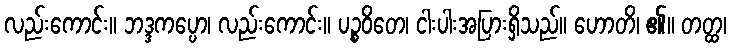
လည်းကောင်း။ ဘဒ္ဒကပ္ပော၊ လည်းကောင်း။ ပဉ္စဝိတေ၊ ငါးပါးအပြားရှိသည်။ ဟောတိ၊ ၏။ တတ္ထ၊